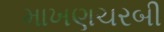
માખણચરબી